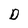
Character: D